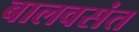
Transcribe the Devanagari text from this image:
बालवसंत